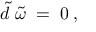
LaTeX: \widetilde { d } \; \widetilde { \omega } \; = \; 0 \; ,